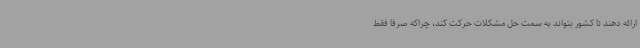
ارائه دهند تا کشور بتواند به سمت حل مشکلات حرکت کند، چراکه صرفا فقط